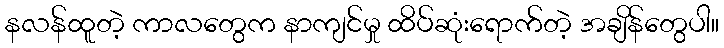
နလန်ထူတဲ့ ကာလတွေက နာကျင်မှု ထိပ်ဆုံးရောက်တဲ့ အချိန်တွေပါ။